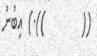
((        )).) އިބުނު